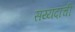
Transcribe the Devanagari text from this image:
सय्यदांची